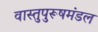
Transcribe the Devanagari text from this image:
वास्तुपुरूषमंडल